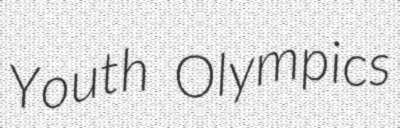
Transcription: Youth Olympics